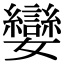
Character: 孌